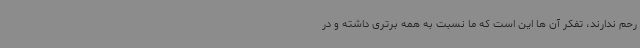
رحم ندارند، تفکر آن ها این است که ما نسبت به همه برتری داشته و در